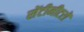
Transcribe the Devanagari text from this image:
सेंटीमीटरों